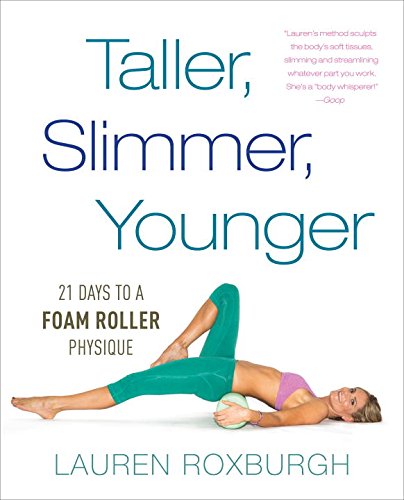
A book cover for Taller, Slimmer, Younger: 21 Days to a Foam Roller Physique; Lauren Roxburgh; Health, Fitness & Dieting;